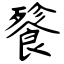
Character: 餮